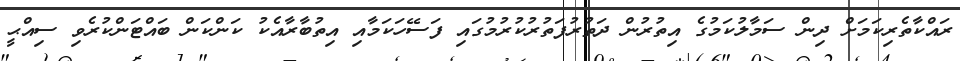
ރައްކާތެރިކަމަށް ދިން ސަމާލުކަމުގެ އިތުރުން ދަތުރުފަތުރުކުރުމުގައި ފަސޭހަކަމާއި އިތުބާރާއެކު ކަންކަން ބައްޓަންކުރެވި ސިއްޙީ